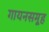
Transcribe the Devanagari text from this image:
गायनसमूह